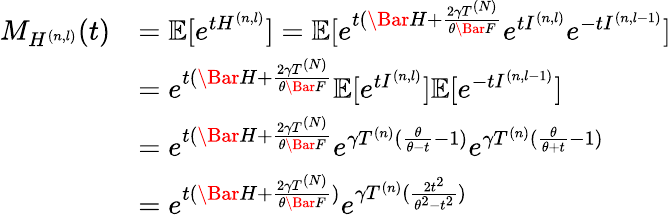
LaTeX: \begin{array}{rl}{M_{H^{(n,l)}}(t)}&{=\mathbb{E}[e^{tH^{(n,l)}}]=\mathbb{E}[e^{t(\Bar{H}+\frac{2\gamma T^{(N)}}{\theta\Bar{F}}}e^{tI^{(n,l)}}e^{-tI^{(n,l-1)}}]}\\ &{=e^{t(\Bar{H}+\frac{2\gamma T^{(N)}}{\theta\Bar{F}}}\mathbb{E}[e^{tI^{(n,l)}}]\mathbb{E}[e^{-tI^{(n,l-1)}}]}\\ &{=e^{t(\Bar{H}+\frac{2\gamma T^{(N)}}{\theta\Bar{F}}}e^{\gamma T^{(n)}(\frac{\theta}{\theta-t}-1)}e^{\gamma T^{(n)}(\frac{\theta}{\theta+t}-1)}}\\ &{=e^{t(\Bar{H}+\frac{2\gamma T^{(N)}}{\theta\Bar{F}})}e^{\gamma T^{(n)}(\frac{2t^{2}}{\theta^{2}-t^{2}})}}\end{array}